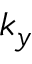
k _ { y }